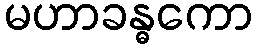
မဟာခန္ဓကော